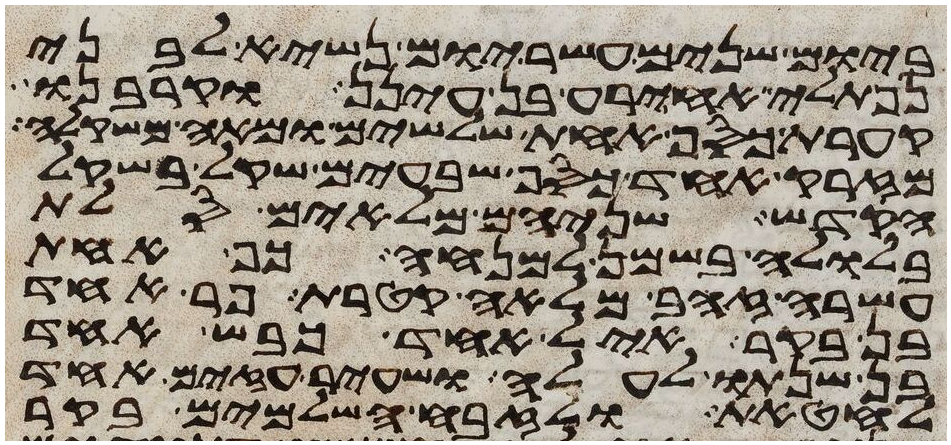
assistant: ביום שנים עשר יום נשיא לבני
נפתלי אחירע בן עינן וקרבנו
קערת כסף אחת שלשים ומאה משקלה
מזרק אחד כסף שבעים שקל בשקל
הקדש שניהם מלאים סלת
בלולה בשמן למנחה כף אחת
עשרה זהב מלאה קטרת פר אחד
בן בקר איל אחד כבש אחד
בן שנתו לעלה ושעיר עזים אחד
לחטאת ולזבח השלמים בקר